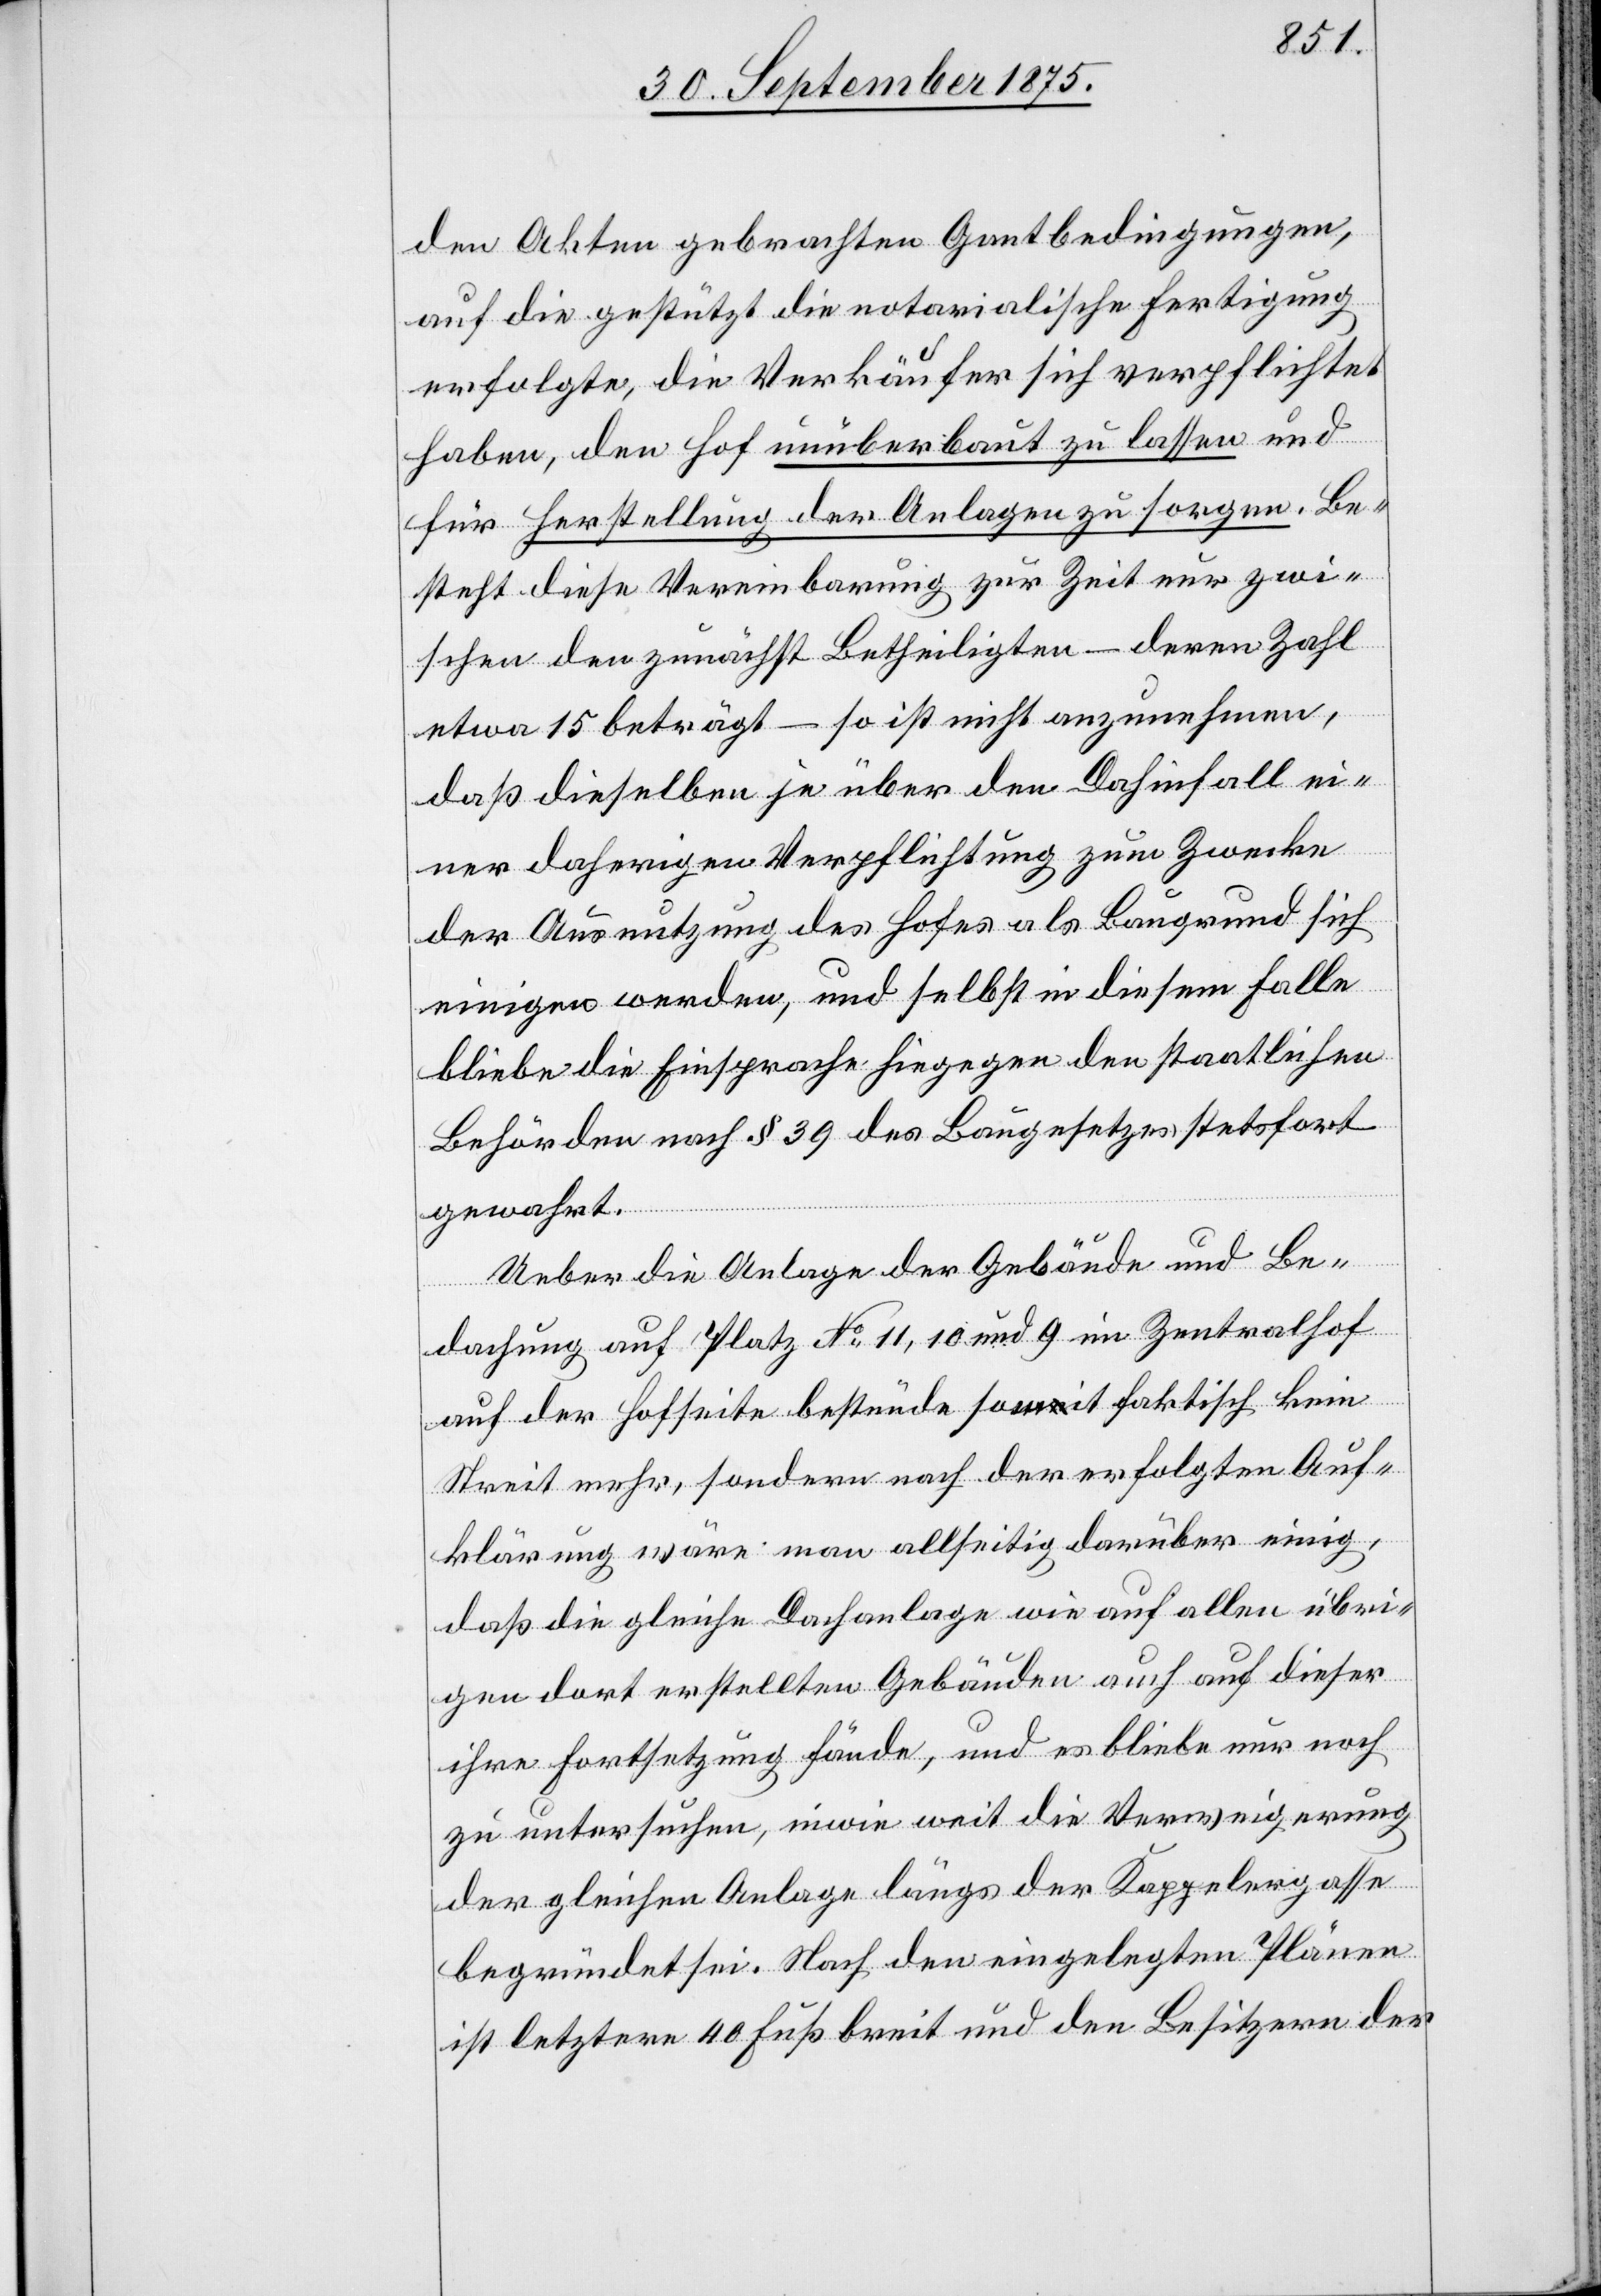
den Akten gebrachten Gantbedingungen,
auf die gestützt die notarialische Fertigung
erfolgte, die Verkäufer sich verpflichtet
haben, den Hof unüberbaut zu lassen und
für Herstellung der Anlagen zu sorgen. Be¬
steht diese Vereinbarung zur Zeit nur zwi¬
schen den zunächst Betheiligten – deren Zahl
etwa 15 beträgt – so ist nicht anzunehmen,
daß dieselben je über den Dahinfall ei¬
ner daherigen Verpflichtung zum Zwecke
der Ausnutzung des Hofes als Baugrund sich
einigen werden, und selbst in diesem Falle
bliebe die Einsprache hiegegen den staatlichen
Behörden nach § 39 des Baugesetzes stetsfort
gewahrt.
Ueber die Anlage der Gebäude und Be¬
dachung auf Platz No 11, 10 und 9 im Zentralhof
auf der Hofseite bestünde somit faktisch kein
Streit mehr, sondern nach der erfolgten Auf¬
klärung wäre man allseitig darüber einig,
daß die gleiche Dachanlage wie auf allen übri¬
gen dort erstellten Gebäuden auch auf dieser
ihre Fortsetzung fände, und es bliebe nur noch
zu untersuchen, inwie weit die Verweigerung
der gleichen Anlage längs der Kappelergasse
begründet sei. Nach den eingelegten Plänen
ist letztere 40 Fuß breit und den Besitzern der